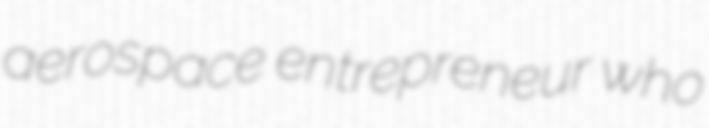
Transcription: aerospace entrepreneur who